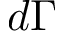
d \Gamma